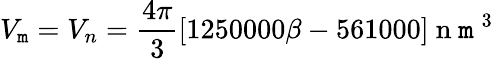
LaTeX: V_{\mathtt{m}}=V_{n}=\frac{{4\pi}}{{3}}[1250000\beta-561000]\mathrm{{~n~\mathtt{m}~}}^{3}